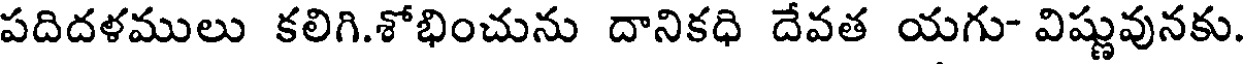
పదిదళములు కలిగి.శోభించును దానికధి దేవత యగు- విష్ణువునకు.